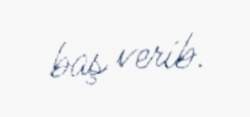
baş verib.